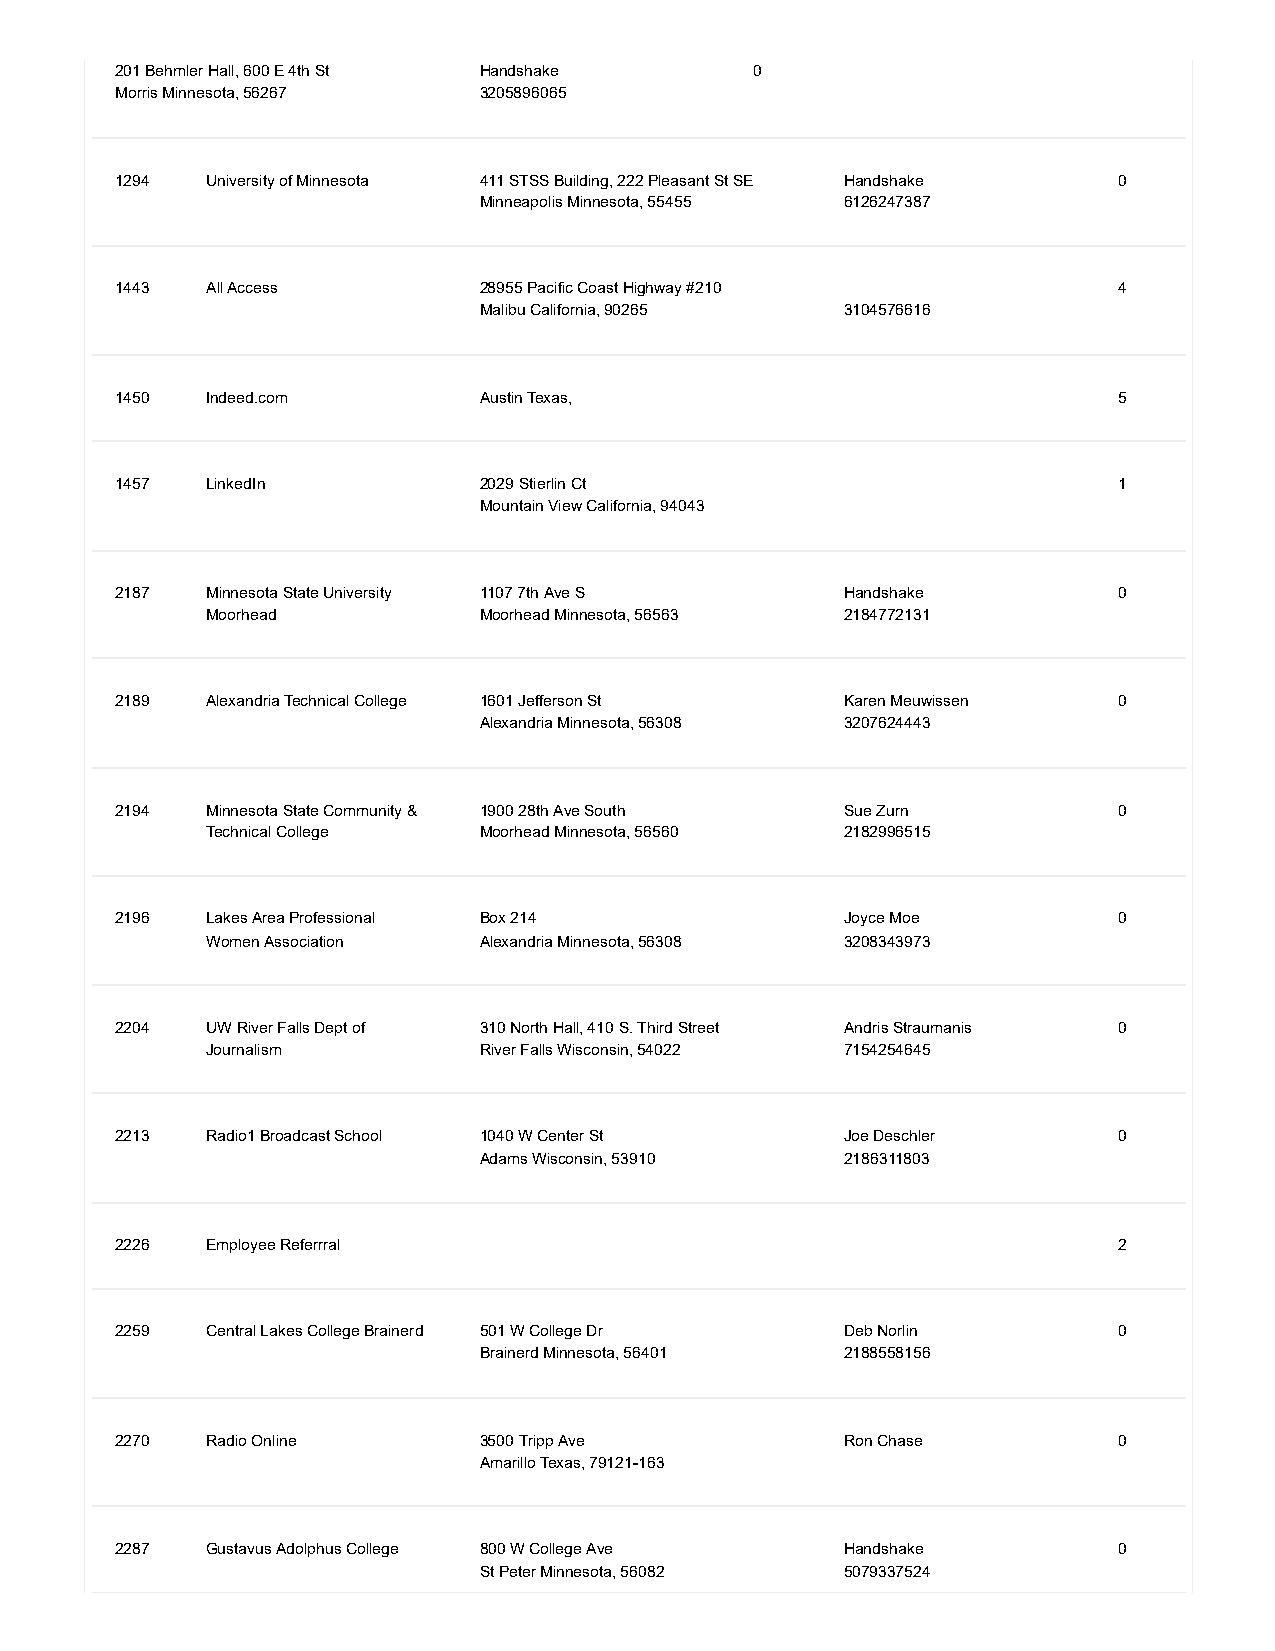
201 Behmler Hall, 600 E 4th St Handshake  0
 Morris Minnesota, 56267 3205896065
 1294  University of Minnesota 411 STSS Building, 222 Pleasant St SE Handshake 0
 Minneapolis Minnesota, 55455 6126247387
 1443  All Access        28955 Pacific Coast Highway #210          4
 Malibu California, 90265 3104576616
 1450  Indeed.com        Austin Texas,                             5
 1457  LinkedIn          2029 Stierlin Ct                          1
 Mountain View California, 94043
 2187  Minnesota State University 1107 7th Ave S Handshake         0
 Moorhead          Moorhead Minnesota, 56563 2184772131
 2189  Alexandria Technical College 1601 Jefferson St Karen Meuwissen 0
 Alexandria Minnesota, 56308 3207624443
 2194  Minnesota State Community & 1900 28th Ave South Sue Zurn    0
 Technical College Moorhead Minnesota, 56560 2182996515
 2196  Lakes Area Professional Box 214           Joyce Moe         0
 Women Association Alexandria Minnesota, 56308 3208343973
 2204  UW River Falls Dept of 310 North Hall, 410 S. Third Street Andris Straumanis 0
 Journalism        River Falls Wisconsin, 54022 7154254645
 2213  Radio1 Broadcast School 1040 W Center St  Joe Deschler      0
 Adams Wisconsin, 53910  2186311803
 2226  Employee Referrral                                          2
 2259  Central Lakes College Brainerd 501 W College Dr Deb Norlin  0
 Brainerd Minnesota, 56401 2188558156
 2270  Radio Online      3500 Tripp Ave          Ron Chase         0
 Amarillo Texas, 79121-163
 2287  Gustavus Adolphus College 800 W College Ave Handshake       0
 St Peter Minnesota, 56082 5079337524